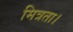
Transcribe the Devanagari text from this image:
मित्रता।